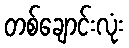
တစ်ချောင်းလုံး